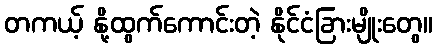
တကယ့် နို့ထွက်ကောင်းတဲ့ နိုင်ငံခြားမျိုးတွေ။